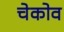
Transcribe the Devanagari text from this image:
चेकोव